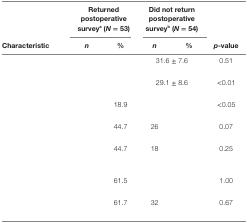
<table><thead><tr><td>[EMPTY_CELL]</td><td colspan="2"><b>Returned postoperative survey<sup>a</sup> (<i>N</i> = 53)</b></td><td colspan="2"><b>Did not return postoperative survey<sup>b</sup> (<i>N</i> = 54)</b></td><td>[EMPTY_CELL]</td></tr><tr><td><b>Characteristic</b></td><td><b><i>n</i></b></td><td><b>%</b></td><td><b><i>n</i></b></td><td><b>%</b></td><td><b><i>p</i>-value</b></td></tr></thead><tbody><tr><td>[EMPTY_CELL]</td><td colspan="2">[EMPTY_CELL]</td><td colspan="2">31.6 ± 7.6</td><td>0.51</td></tr><tr><td>[EMPTY_CELL]</td><td colspan="2">[EMPTY_CELL]</td><td colspan="2">29.1 ± 8.6</td><td>&lt;0.01</td></tr><tr><td>[EMPTY_CELL]</td><td>[EMPTY_CELL]</td><td>18.9</td><td>[EMPTY_CELL]</td><td>[EMPTY_CELL]</td><td>&lt;0.05</td></tr><tr><td>[EMPTY_CELL]</td><td>[EMPTY_CELL]</td><td>44.7</td><td>26</td><td>[EMPTY_CELL]</td><td>0.07</td></tr><tr><td>[EMPTY_CELL]</td><td>[EMPTY_CELL]</td><td>44.7</td><td>18</td><td>[EMPTY_CELL]</td><td>0.25</td></tr><tr><td>[EMPTY_CELL]</td><td>[EMPTY_CELL]</td><td>61.5</td><td>[EMPTY_CELL]</td><td>[EMPTY_CELL]</td><td>1.00</td></tr><tr><td>[EMPTY_CELL]</td><td>[EMPTY_CELL]</td><td>61.7</td><td>32</td><td>[EMPTY_CELL]</td><td>0.67</td></tr></tbody></table>